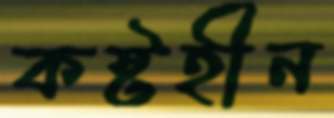
কষ্টহীন